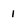
Character: 1